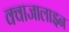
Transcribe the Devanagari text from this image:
क्वाजालाइन